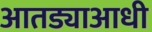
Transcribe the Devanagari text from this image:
आतड्याआधी